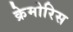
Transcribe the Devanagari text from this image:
क्रेमोरिस